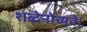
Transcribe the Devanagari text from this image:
शब्देनोच्यते।